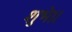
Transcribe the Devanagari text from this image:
शुभे।।